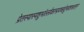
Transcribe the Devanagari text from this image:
प्रेतस्यास्यशुभांल्लोकान्प्रयच्छंतुचशाश्वतान्